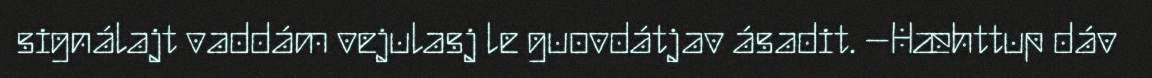
signálajt vaddám vejulasj le guovdátjav ásadit. –Hæhttup dáv